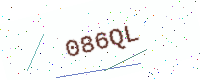
Text: 086QL